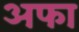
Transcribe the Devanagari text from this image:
अफा